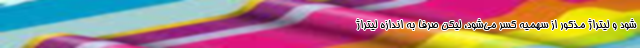
شود و لیتراژ مذکور از سهمیه کسر می‌شود، لیکن صرفاً به اندازه لیتراژ